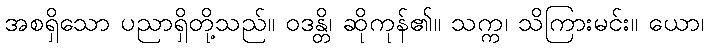
အစရှိသော ပညာရှိတို့သည်။ ဝဒန္တိ၊ ဆိုကုန်၏။ သက္က၊ သိကြားမင်း။ ယော၊